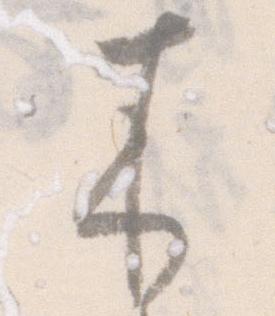
来